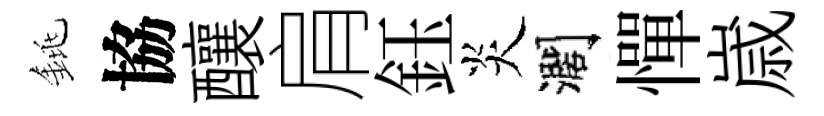
銚協釀肩鈺炎濶憚𡻕